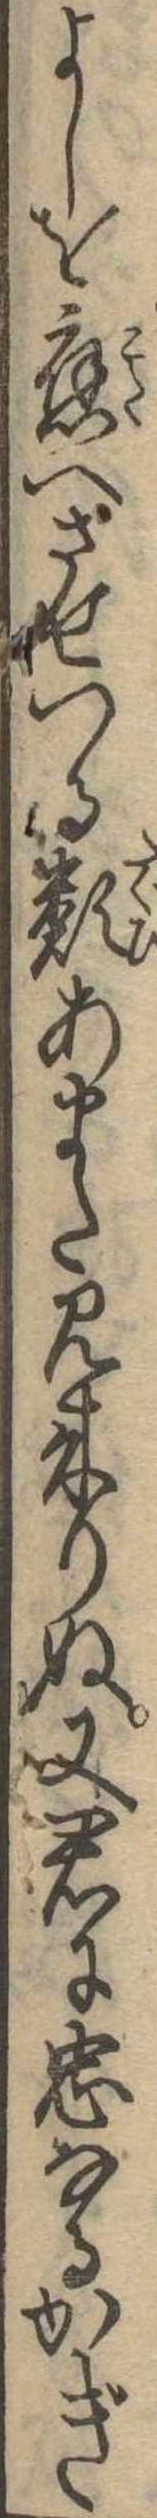
よしを応へさせつる類あまた見来りぬ又君に忠なるかぎ